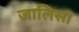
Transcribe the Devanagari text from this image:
जालिसा